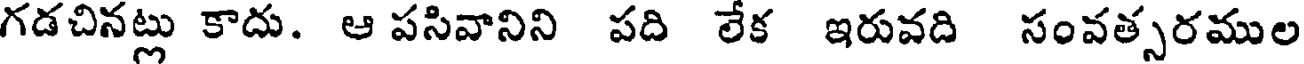
గడచినట్లు కాదు. ఆ పసివానిని పది లేక ఇరువది సంవత్సరముల